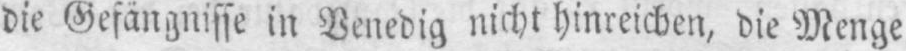
die Gefängnisse in Venedig nicht hinreichen, die Menge